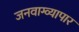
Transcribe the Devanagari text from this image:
जनवाग्व्यापार